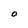
Character: O